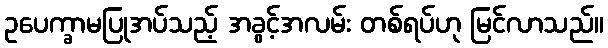
ဥပေက္ခာမပြုအပ်သည့် အခွင့်အလမ်း တစ်ရပ်ဟု မြင်လာသည်။